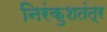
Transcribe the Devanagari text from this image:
निरंकुशतंत्र